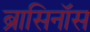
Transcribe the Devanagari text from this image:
ब्रासिनॉस